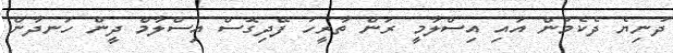
ދުނިޔެ ދެކެމުން އައި އިސްލާމީ ރަން ތާރީހު ފޭދިގޮސް އިސްލާމް ދީން ހަނދާން